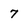
Character: 7